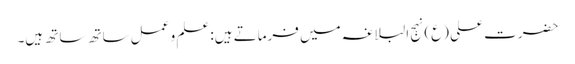
حضرت علی (ع) نہج البلاغہ میں فرماتے ہیں: علم و عمل ساتھ ساتھ ہیں۔